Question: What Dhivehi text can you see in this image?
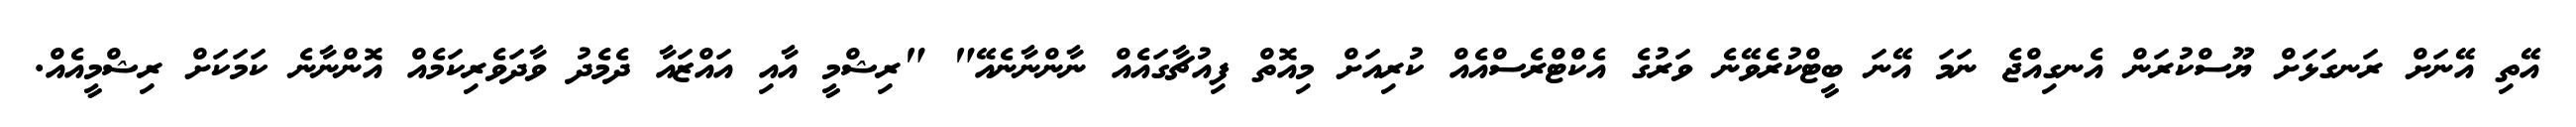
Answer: އޭތި އޭނަށް ރަނގަޅަށް ޔޫސްކުރަން އެނގިއްޖެ ނަމަ އޭނަ ބީޓްކުރެވޭނެ ވަރުގެ އެކްޓްރެސްއެއް ކުރިއަށް މިއޮތް ފިއުޗާގައެއް ނާންނާނެއޭ" "ރިޝްމީ އާއި އައްޒައާ ދެމެދު ވާދަވެރިކަމެއް އޮންނާނެ ކަމަކަށް ރިޝްމީއެއް.